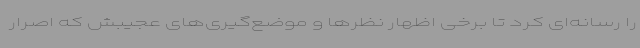
را رسانه‌ای کرد تا برخی اظهار نظرها و موضع‌گیری‌های عجیبش که اصرار